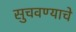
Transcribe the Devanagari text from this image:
सुचवण्याचे